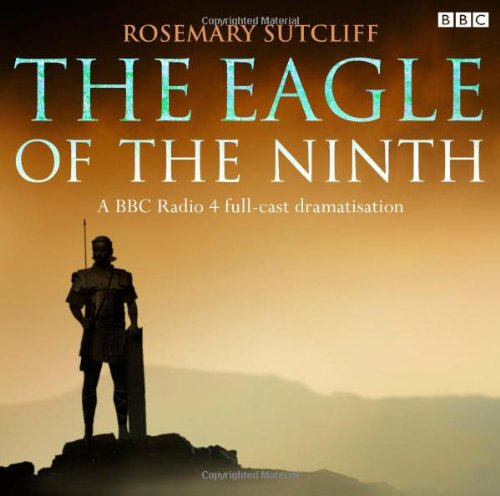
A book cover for The Eagle of the Ninth: A BBC Full-Cast Radio Drama (BBC Radio); Rosemary Sutcliff; Teen & Young Adult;